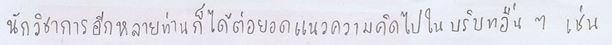
นักวิชาการอีกหลายท่านก็ได้ต่อยอดแนวความคิดไปในบริบทอื่นๆเช่น